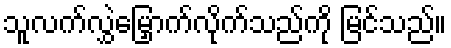
သူလက်လွှဲမြှောက်လိုက်သည်ကို မြင်သည်။